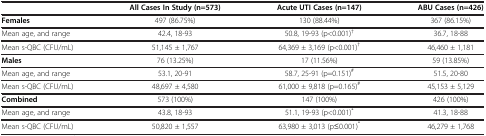
<table><thead><tr><td><b> </b></td><td><b>All Cases In Study (n=573)</b></td><td><b>Acute UTI Cases (n=147)</b></td><td><b>ABU Cases (n=426)</b></td></tr></thead><tbody><tr><td><b>Females</b></td><td>497 (86.75%)</td><td>130 (88.44%)</td><td>367 (86.15%)</td></tr><tr><td>Mean age, and range</td><td>42.4, 18-93</td><td>50.8, 19-93 (p&lt;0.001)<sup>†</sup></td><td>36.7, 18-88</td></tr><tr><td>Mean s-QBC (CFU/mL)</td><td>51,145 ± 1,767</td><td>64,369 ± 3,169 (p&lt;0.001)<sup>†</sup></td><td>46,460 ± 1,181</td></tr><tr><td><b>Males</b></td><td>76 (13.25%)</td><td>17 (11.56%)</td><td>59 (13.85%)</td></tr><tr><td>Mean age, and range</td><td>53.1, 20-91</td><td>58.7, 25-91 (p=0.151)<sup>#</sup></td><td>51.5, 20-80</td></tr><tr><td>Mean s-QBC (CFU/mL)</td><td>48,697 ± 4,580</td><td>61,000 ± 9,818 (p=0.165)<sup>#</sup></td><td>45,153 ± 5,129</td></tr><tr><td><b>Combined</b></td><td>573 (100%)</td><td>147 (100%)</td><td>426 (100%)</td></tr><tr><td>Mean age, and range</td><td>43.8, 18-93</td><td>51.1, 19-93 (p&lt;0.001)<sup>*</sup></td><td>41.3, 18-88</td></tr><tr><td>Mean s-QBC (CFU/mL)</td><td>50,820 ± 1,557</td><td>63,980 ± 3,013 (p≤0.001)<sup>*</sup></td><td>46,279 ± 1,768</td></tr></tbody></table>